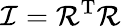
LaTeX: {\mathcal{I}}={\mathcal{R}}^{\mathrm{T}}{\mathcal{R}}